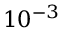
1 0 ^ { - 3 }